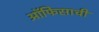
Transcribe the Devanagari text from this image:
ऑफिसाची